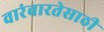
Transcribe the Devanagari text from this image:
वारंवारतेसाठी